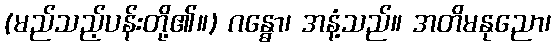
(မည်သည့်ပန်းတို့၏။) ဂန္ဓော၊ အနံ့သည်။ အတိမနုညော၊